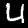
Label: 4